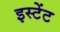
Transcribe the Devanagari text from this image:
इस्टेंट